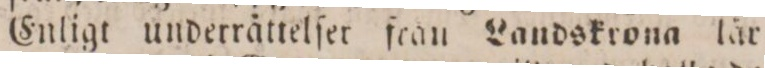
Enligt underrättelſer frau Landskrona lär